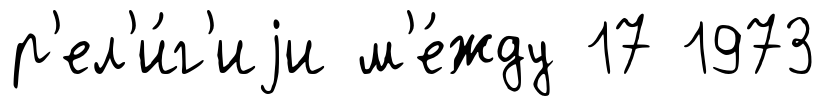
р'ел'и́г'иjи м'е́жду 17 1973